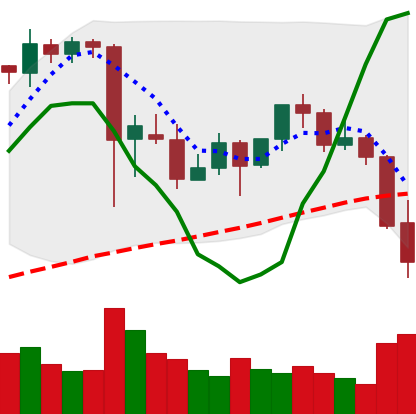
Ticker: ETH-USD
Chart end date: 2021-09-21
Forward return: 10.774%
Label: up_7plus